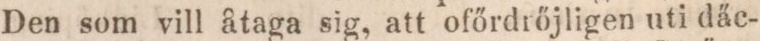
Den som vill åtaga sig, att ofőrdrőjligen uti däc-